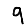
Digit: 9